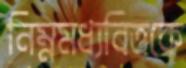
নিম্নমধ্যবিত্তকে